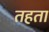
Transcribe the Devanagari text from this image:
तहता